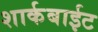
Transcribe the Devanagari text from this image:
शार्कबाईट